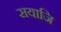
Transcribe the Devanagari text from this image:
सयाजि